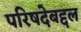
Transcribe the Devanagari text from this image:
परिषदेबद्दल